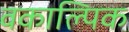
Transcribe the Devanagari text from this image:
वकाल्पिक